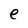
Character: e